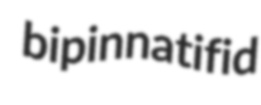
bipinnatifid